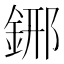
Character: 𨦹